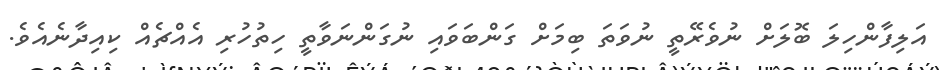
އަލިފާންހިލަ ބޮލަށް ނުވެރޭތީ ނުވަތަ ބިމަށް ގަންބަވައި ނުގަންނަވާތީ ހިތުހުރި އެއްޗެއް ކިއިދާނެއެވެ.